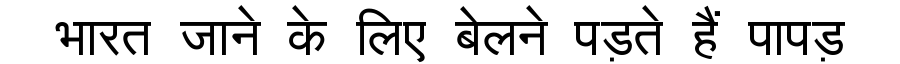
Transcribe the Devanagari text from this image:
भारत जाने के लिए बेलने पड़ते हैं पापड़